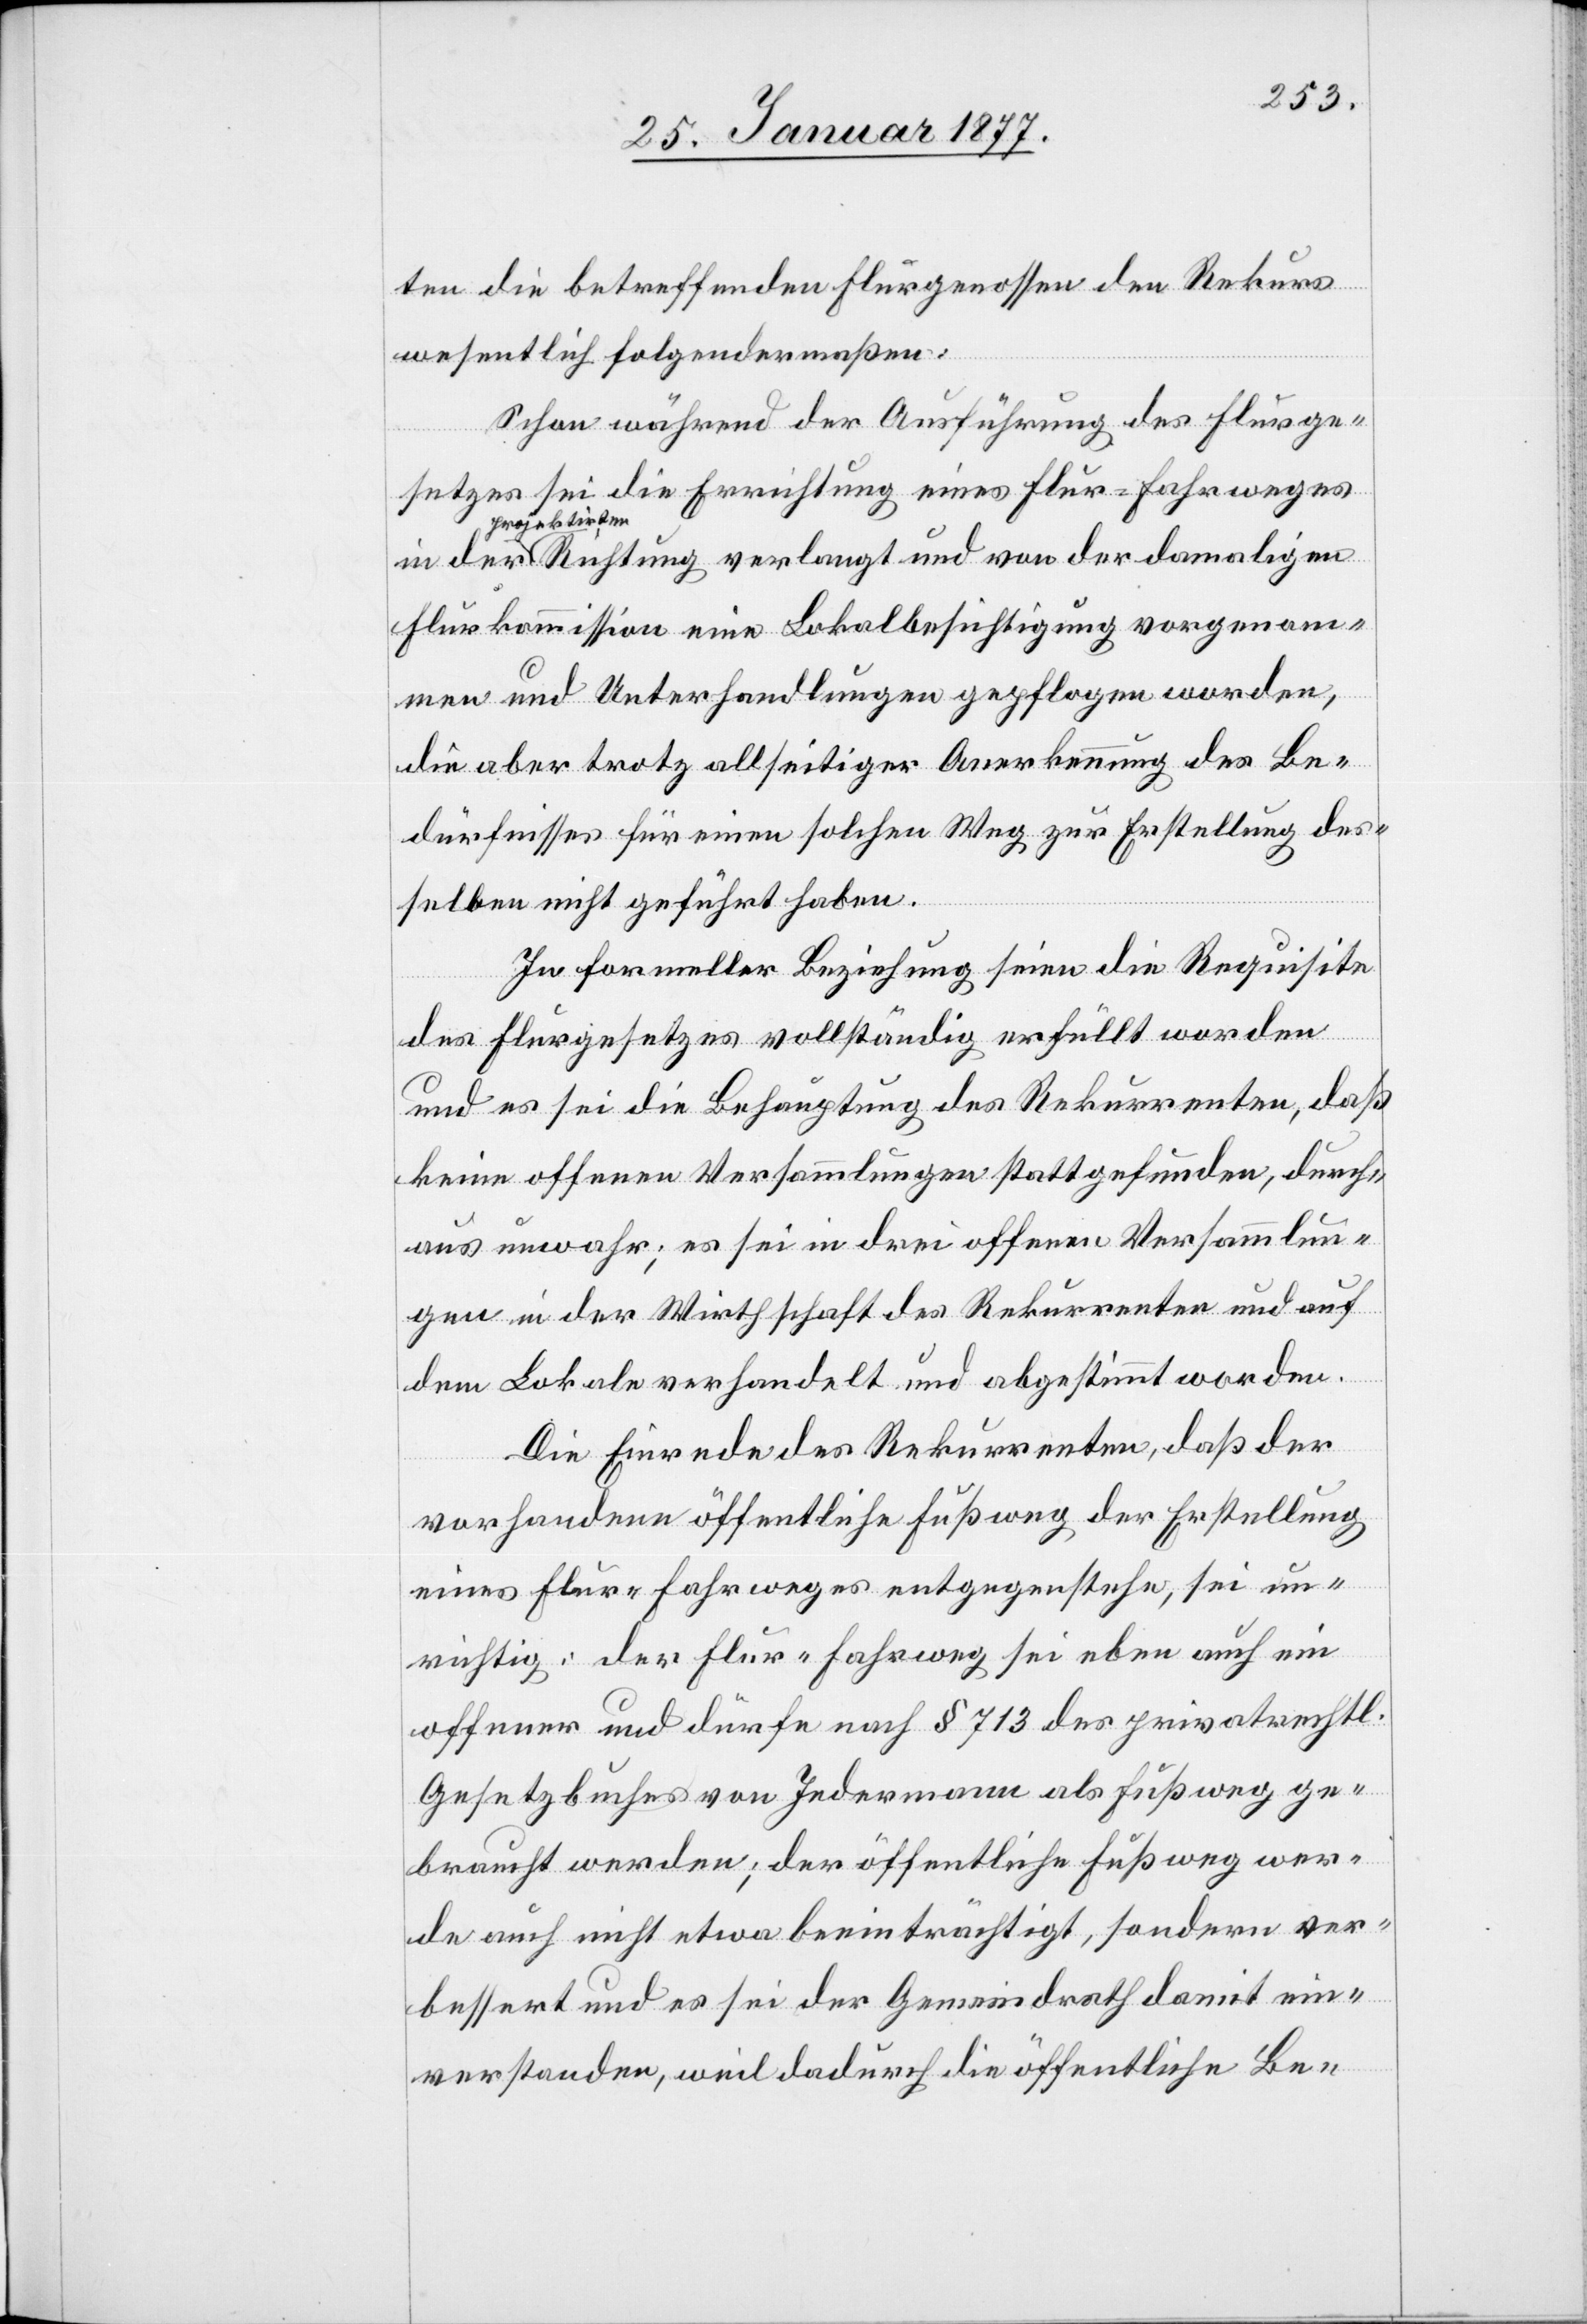
ten die betreffenden Flurgenossen den Rekurs
wesentlich folgendermaßen:
Schon während der Ausführung des Flurge¬
setzes sei die Errichtung eines Flur-Fahrweges
projektirt¬
en Richtung verlangt und von der damaligen
Flurkommission eine Lokalbesichtigung vorgenom¬
men und Unterhandlungen gepflogen worden,
die aber trotz allseitiger Anerkennung des Be¬
dürfnisses für einen solchen Weg zur Erstellung des¬
selben nicht geführt haben.
In formeller Beziehung seien die Requisite
des Flurgesetzes vollständig erfüllt worden
und es sei die Behauptung des Rekurrenten, daß
keine offenen Versammlungen stattgefunden, durch¬
aus unwahr; es sei in drei offenen Versammlun¬
gen in der Wirthschaft des Rekurrenten und auf
dem Lokale verhandelt und abgestimmt worden.
Die Einrede des Rekurrenten, daß der
vorhandene öffentliche Fußweg der Erstellung
eines Flur-Fahrweges entgegenstehe, sei un¬
richtig: der Flur-Fahrweg sei eben auch ein
offener und dürfe nach § 713 des privatrechtl.
Gesetzbuches von Jedermann als Fußweg ge¬
braucht werden; der öffentliche Fußweg wer¬
de auch nicht etwa beeinträchtigt, sondern ver¬
bessert und es sei der Gemeindrath damit ein¬
verstanden, weil dadurch die öffentliche Be-